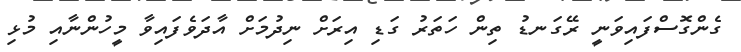
ގެންގޮސްފައިވަނީ ރޭގަނޑު ތިން ހަތަރު ގަޑި އިރަށް ނިދުމަށް އާދަވެފައިވާ މީހުންނާއި މުޅި